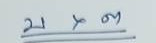
บ x ต